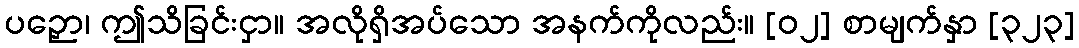
ပဉှော၊ ဤသိခြင်းငှာ။ အလိုရှိအပ်သော အနက်ကိုလည်း။ [၀၂] စာမျက်နှာ [၃၂၃]